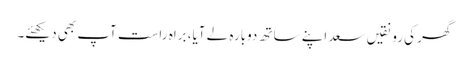
گھر کی رونقیں سعد اپنے ساتھ دوبارہ لے آیا، براہ راست آپ بھی دیکھئے۔